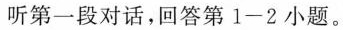
听第一段对话，回答第1-2小题。